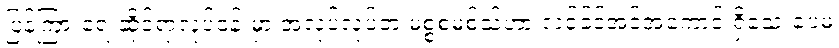
ပြန်ကြားရေးဆိုင်ရာလုပ်ငန်းမှာ အလုပ်လုပ်တဲ့ မစ္စစမစ်သ်ဟာ လင့်ခ်ဒ်အင်အကောင့် ရှိသေးပေမဲ့